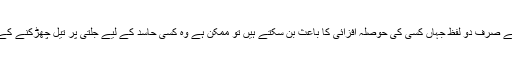
اس لئے آپ کے صرف دو لفظ جہاں کسی کی حوصلہ افزائی کا باعث بن سکتے ہیں تو ممکن ہے وہ کسی حاسد کے لیے جلتی پر تیل چھڑکنے کے مترادف ہوں۔